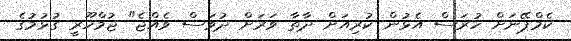
ކެމްޕޭނަށް ހުރަސް އެޅުން ކުރިއަށް ދާތާ ވަރަށް ދުވަސް ވެއްޖެ" ޖުމްހޫރީ ގުޅުމުގެ